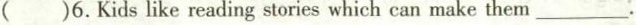
( )6.Kids like reading stories which can make them___.